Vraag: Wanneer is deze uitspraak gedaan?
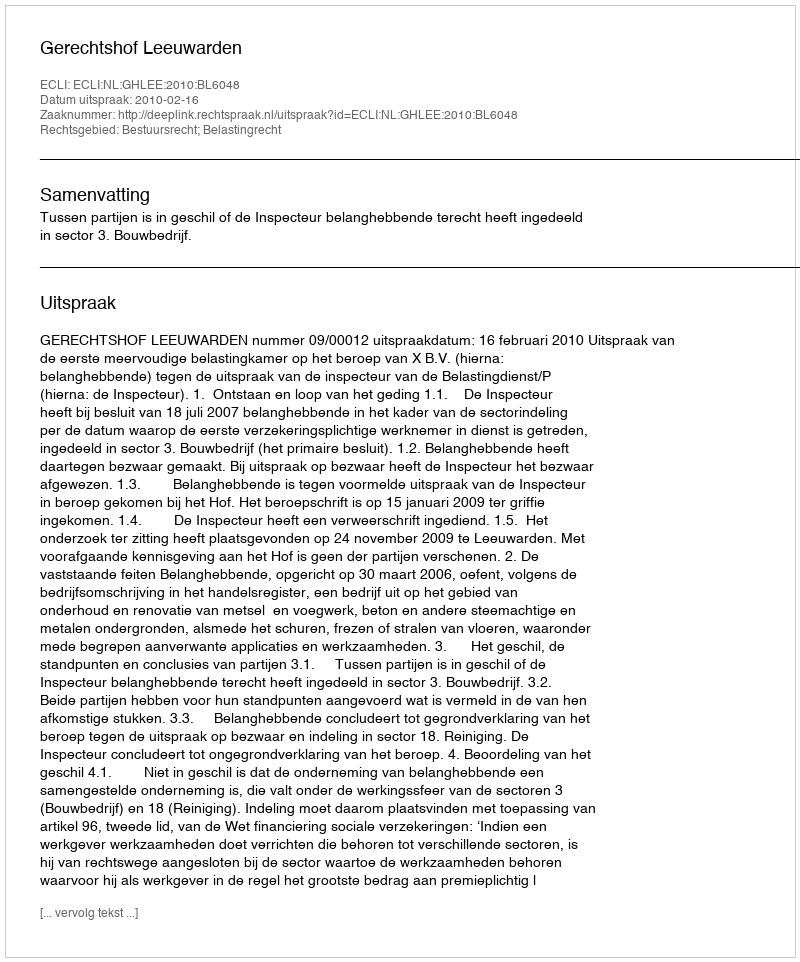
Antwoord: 2010-02-16